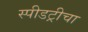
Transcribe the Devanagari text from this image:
स्पीडट्रीचा